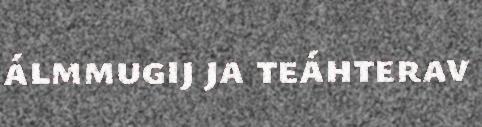
álmmugij ja teáhterav